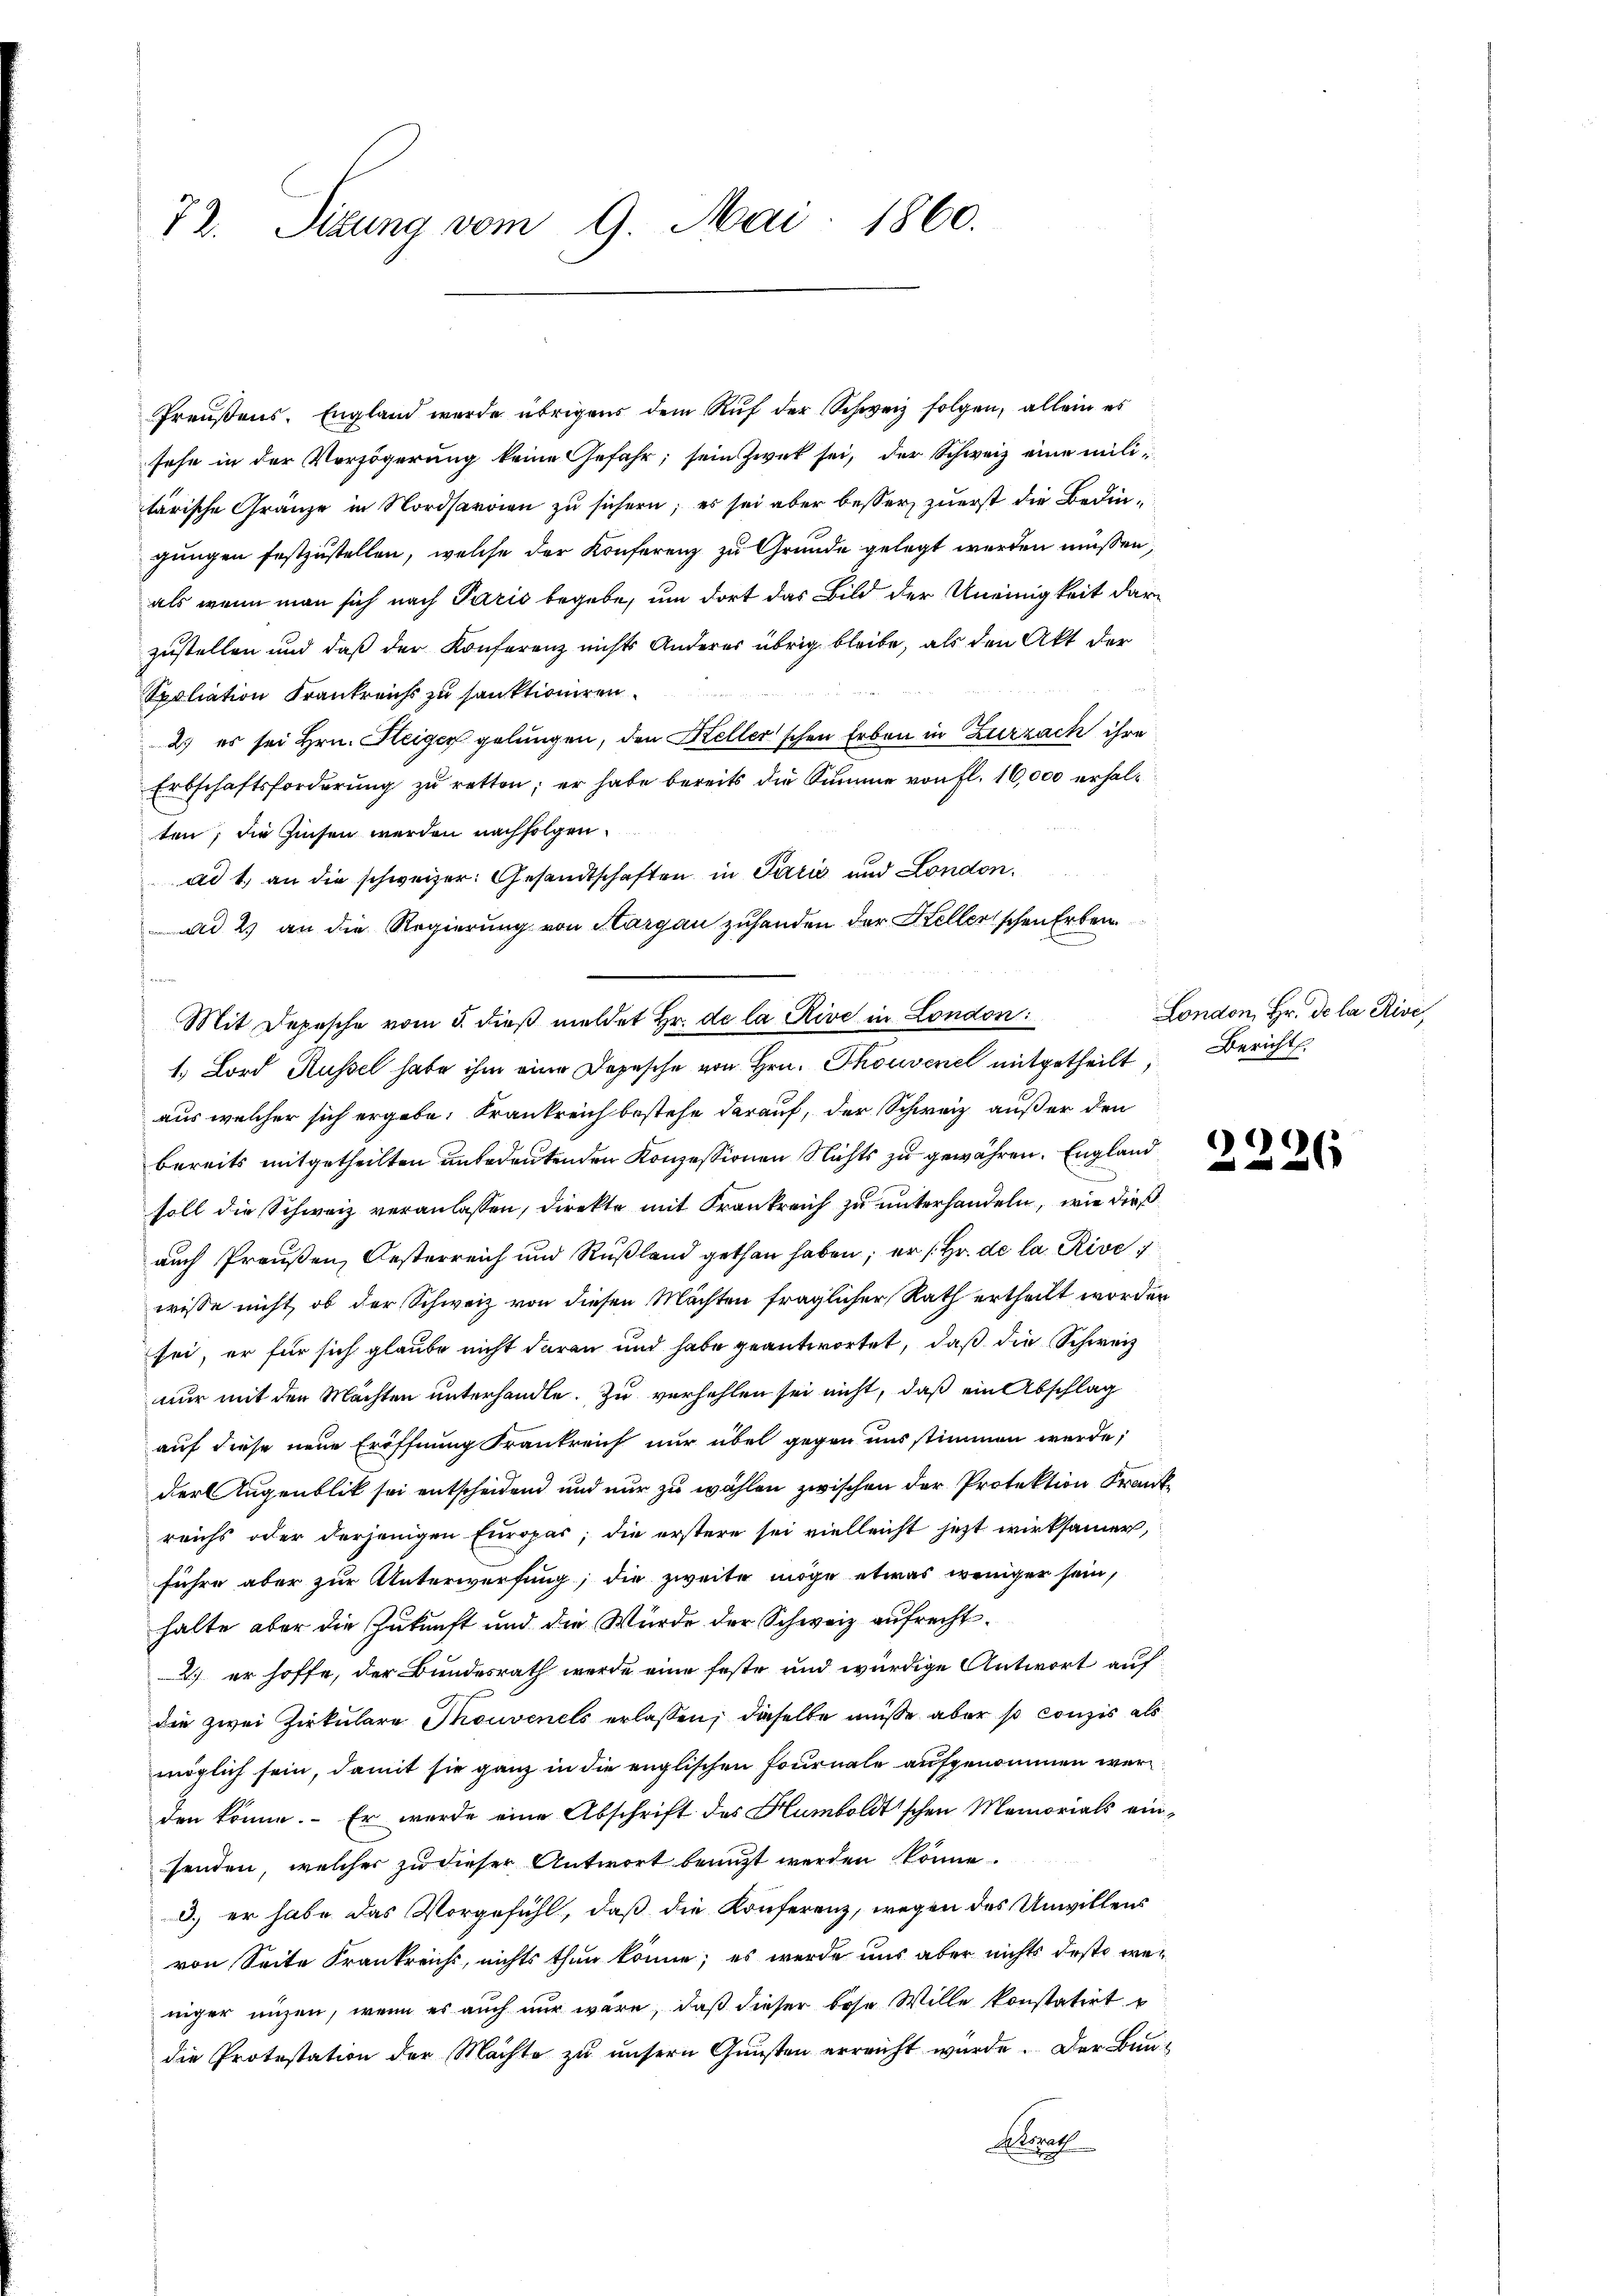
72. Sizung vom 9. Mai 1860.

Preußens. England wurde übrigens dem Ruf der Schweiz folgen, allein es
sehe in der Verzögerung keine Gefahr, sein Zwek sei, der Schweiz eine mili-
tärische Gränze in Nordsarrien zu sichern; es sei aber besser zuerst die Bedingungen festzustellen, welche der Konferenz zu Grunde gelegt werden müssen,
als wenn man sich nach Paris begebe, um dort das Bild der Uneinigkeit darzustellen und daß der Konferenz nichts Anderer übrig bleibe, als den Akt der
Spoliation Frankreichs zu sanktioniren.
2.) es sei Hrn. Heiger gelungen, den Keller'schen Erben in Zurzach ihre
Erbschaftsforderung zŭ retten; er habe bereits die Summe von fl. 16,000 erhalten; die Zinsen werden nachfolgen.
ad 1. an die schweizer: Gesandtschaften in Paris und London.
und 2) an die Regierung von Margau zuhanden der Hellerischen Erbein
en
Mit Depesche vom 5. dieβ meldet Hr. de la Rive in London:
1. Lord Russel habe ihm eine Depesche von Hrn. Thouvene mitgetheilt,
aus welcher sich ergebe: Krankreich bestehe darauf, der Schweiz außer den
bereits mitgetheilten unbedeutenden Konzessionen Nichts zu gewähren. England
soll die Schweiz veranlassen, direkte mit Frankreich zu unterhandeln, wie dieß
auch Preußen, Oesterreich und Rußland gethan haben; er /. Hr. de la Rive,
wisse nicht, ob der Schweiz von diesen Mächten fraglicher Rath ertheilt worden
sei, er für sich glaube nicht daran und habe geantwortet, daß die Schweiz
nur mit den Machten unterhandle. Zu verhehlen sei nicht, daß ein Abschlag
auf diese neue Eröffnung Frankreich nur übel gegen uns stimmen werde;
der Augenblik sei entscheiden und nur zu wählen zwischen der Protektion Frank
reichs oder derjenigen Europas, die erstere sei vielleicht jetzt wirksamer,
führe aber zur Unterwerfung; die zweite möge etwas weniger sein,
halte aber die Zukunft und die Würde der Schweiz aufrecht.
2.) er hoffe, der Bundesrath werde eine feste und würdige Antwort auf
die zwei Zirkulare Thouvenels erlassen, dieselbe müße aber so Conzis als
möglich sein, damit sie ganz in die englischen Fournale aufgenommen wer
den könne. Er wurde eine Abschrift des Humboldt'schen Memorials einsenden, welcher zu dieser Antwort benuzt werden könne.
d.) er habe das Vorgefühl, daß die Konferenz, wegen des Unwillens
von Seite Frankreichs, nichts thun könne; es werde uns aber nichts desto weniger anzen, wenn es auch nur wäre, daß dieser bose Wille konstatirt
die Protestation der Machte zu unsern Gunsten erreicht wurde. Der Bun¬
Storat

London, Hr. De la Rive,
Bericht.

.
26